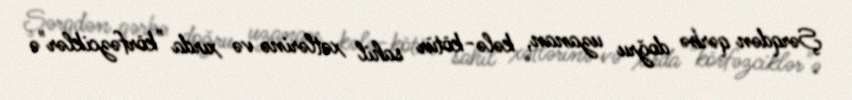
Şərqdən qərbə doğru uzanan, kələ-kötür sahil xətlərinə və xırda "körfəzciklər"ə